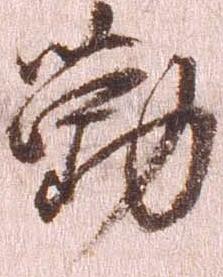
勤